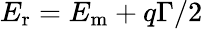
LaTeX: E_{\mathrm{r}}=E_{\mathrm{m}}+{q\Gamma}/{2}